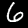
Digit: 6